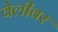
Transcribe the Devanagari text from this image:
वेलीवर